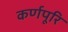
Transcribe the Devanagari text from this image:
कर्णपूरि